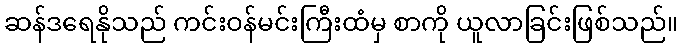
ဆန်ဒရေနိုသည် ကင်းဝန်မင်းကြီးထံမှ စာကို ယူလာခြင်းဖြစ်သည်။